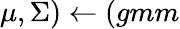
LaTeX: \mu,\Sigma)\leftarrow(gmm